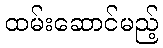
ထမ်းဆောင်မည့်